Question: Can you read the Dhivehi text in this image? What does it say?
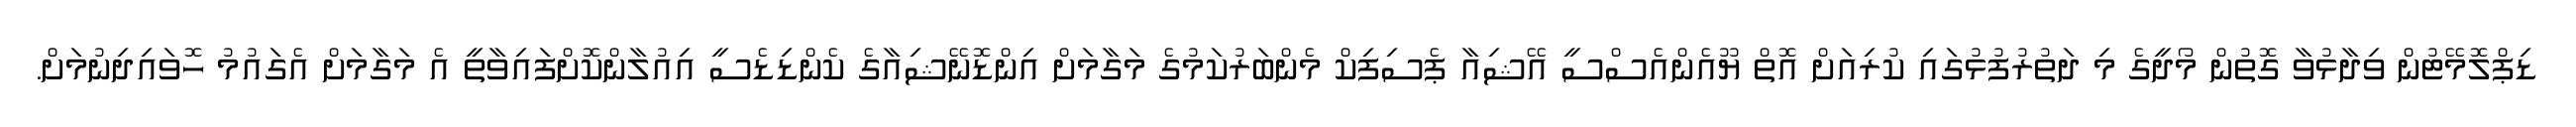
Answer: ޑިޕްލޮމޭޓުން ވިދާޅުވާ ގޮތުން މޯދީގެ މި ދަތުރުފުޅުގައި ކުރިއަށް އޮތް ޔޫއެންއެސްސީ އޭޝިއާ ޕެސިފިކް މެންބަރުކަމުގެ މަގާމަށް އިންޑޮނޭޝިއާގެ ކެންޑިޑެސީ އިއުލާންކޮށްފައިވާތީ އެ މަގާމަށް އެގައުމު ހޮވައިދިނުމަށް.